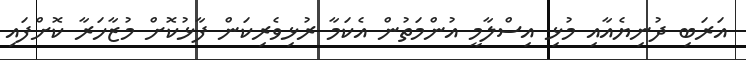
އަރަބި ދުނިޔެއާއި މުޅި އިސްލާމީ އުންމަތުން އެކަމާ ރުޅިވެރިކަން ފާޅުކޮށް މުޒާހަރާ ކޮށްފައި